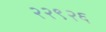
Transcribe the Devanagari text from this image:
२२९२६